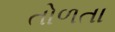
તોળતા